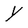
Character: Y